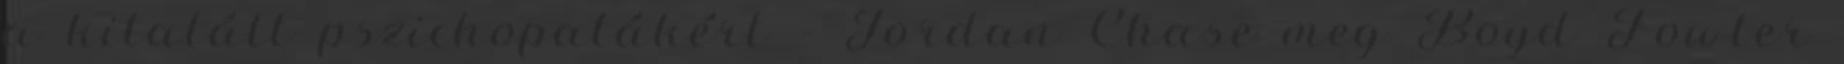
a kitalált pszichopatákért – Jordan Chase meg Boyd Fowler